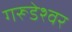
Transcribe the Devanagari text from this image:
गरूडेश्वर